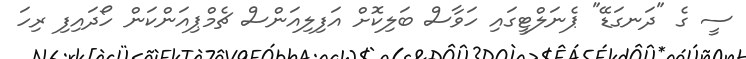
ސީ ގެ "ދަނގަޑޭ" ޕެނަލްޓީގައި ހަވާސް ބަލިކޮށް އަފިލިއަންސް ޗެމްޕިއަންކަން ހޯދައިފި ރިހަ